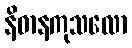
နိဓာနကုသလော